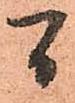
間